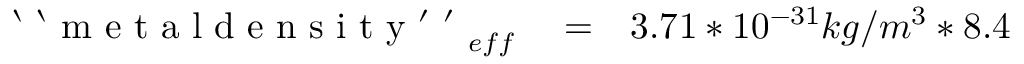
\begin{array} { r l r } { \mathrm { ~ ` ~ ` ~ m ~ e ~ t ~ a ~ l ~ d ~ e ~ n ~ s ~ i ~ t ~ y ~ ' ~ ' ~ } _ { e f f } } & { { } = } & { 3 . 7 1 * 1 0 ^ { - 3 1 } k g / m ^ { 3 } * 8 . 4 } \end{array}